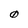
Character: 0